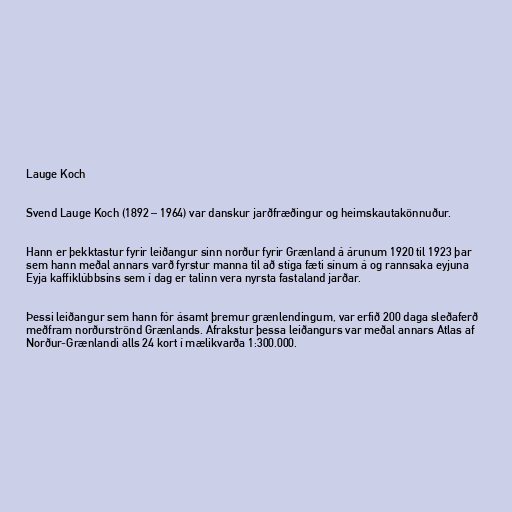
Lauge Koch

Svend Lauge Koch (1892 – 1964) var danskur jarðfræðingur og heimskautakönnuður.

Hann er þekktastur fyrir leiðangur sinn norður fyrir Grænland á árunum 1920 til 1923 þar
sem hann meðal annars varð fyrstur manna til að stíga fæti sínum á og rannsaka eyjuna
Eyja kaffiklúbbsins sem í dag er talinn vera nyrsta fastaland jarðar.

Þessi leiðangur sem hann fór ásamt þremur grænlendingum, var erfið 200 daga sleðaferð
meðfram norðurströnd Grænlands. Afrakstur þessa leiðangurs var meðal annars Atlas af
Norður-Grænlandi alls 24 kort í mælikvarða 1:300.000.